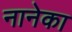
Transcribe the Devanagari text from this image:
नानेका